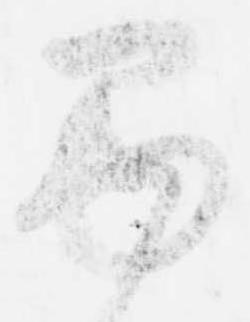
巻